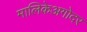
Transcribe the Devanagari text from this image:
मालिकेअगोदर